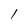
Character: 1